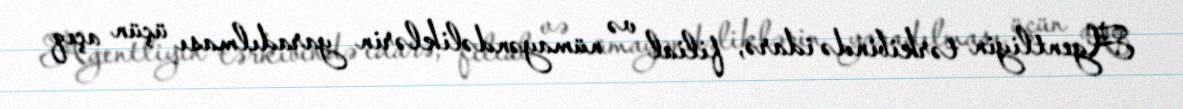
Agentliyin tərkibində idarə, filial və nümayəndəliklərin yaradılması üçün açıq